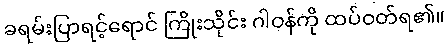
ခရမ်းပြာရင့်ရောင် ကြိုးသိုင်း ဂါဝန်ကို ထပ်ဝတ်ရ၏။